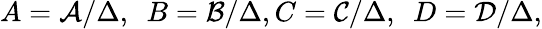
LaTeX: A=\mathcal{A}/\Delta,\, \, \, B=\mathcal{B}/\Delta,C=\mathcal{C}/\Delta,\, \, \, D=\mathcal{D}/\Delta,